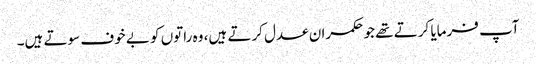
آپ فرمایا کرتے تھے جو حکمران عدل کرتے ہیں، وہ راتوں کو بے خوف سوتے ہیں۔